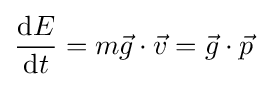
{\frac {\mathrm {d} E}{\mathrm {d} t}}=m{\vec {g}}\cdot {\vec {v}}={\vec {g}}\cdot {\vec {p}}